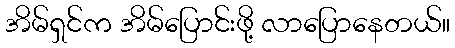
အိမ်ရှင်က အိမ်ပြောင်းဖို့ လာပြောနေတယ်။